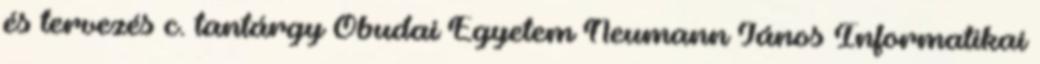
és tervezés c. tantárgy Óbudai Egyetem Neumann János Informatikai